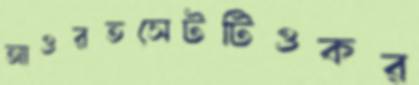
আওরতসেটটিওকর